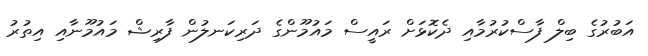
އަބުރުގެ ބިލް ފާސްކުރުމާއި ދެކޮޅަށް ރައީސް މައުމޫންގެ ދަރިކަނލުން ފާރިޝް މައުމޫނާއި އިތުރު